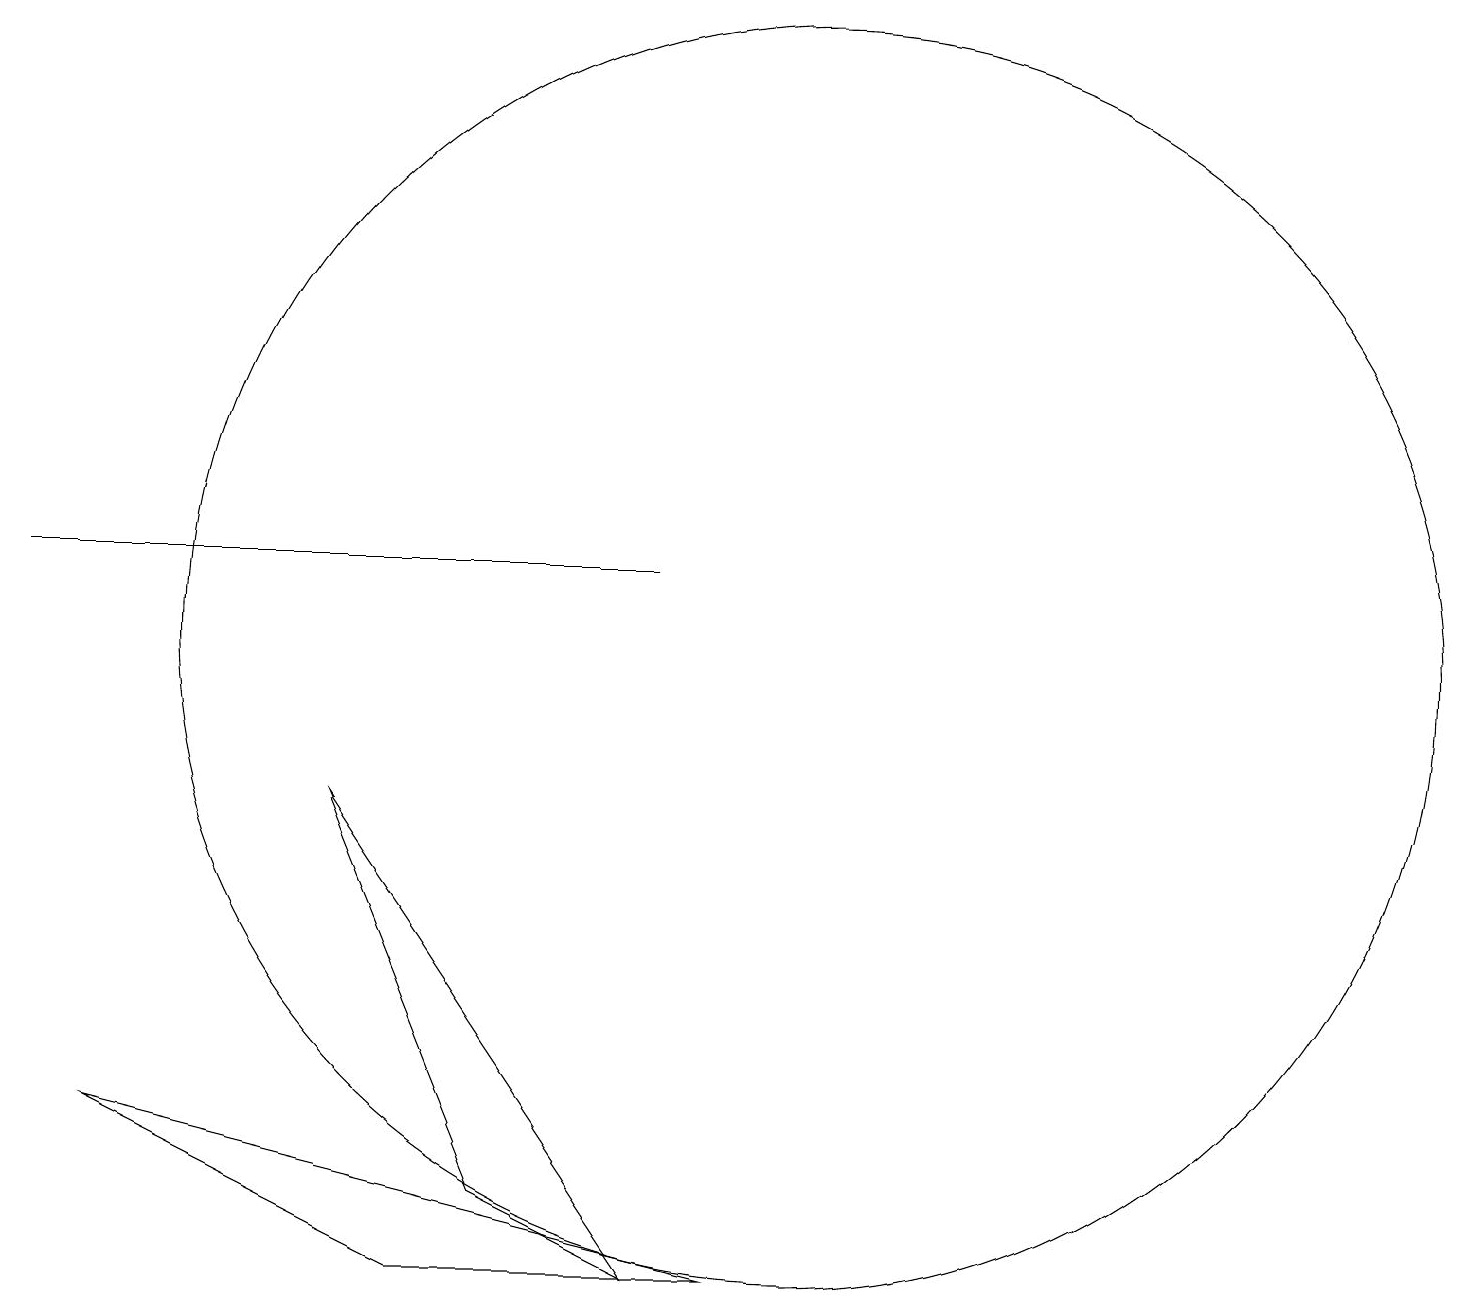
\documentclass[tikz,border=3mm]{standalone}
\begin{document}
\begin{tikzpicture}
\draw (6,4) -- (4,9) -- (8,3) -- cycle;
\draw (1,5) -- (5,3) -- (9,3) -- cycle;
\draw (10,11) circle (8);
\draw (0,12) rectangle (8,12);
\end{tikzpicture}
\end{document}